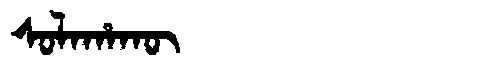
Manchu: ᠰᠣᠯᠠᡥᠠᡴᡡ
Romanization: SOLAHAKŪ